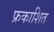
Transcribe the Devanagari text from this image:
फ्रकाशित